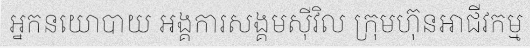
អ្នកនយោបាយ អង្គការសង្គមស៊ីវិល ក្រុមហ៊ុនអាជីវកម្ម